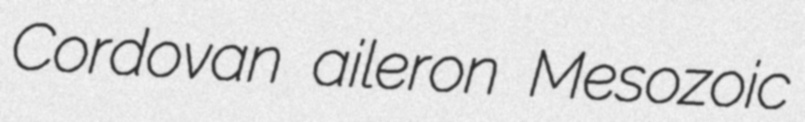
Cordovan aileron Mesozoic